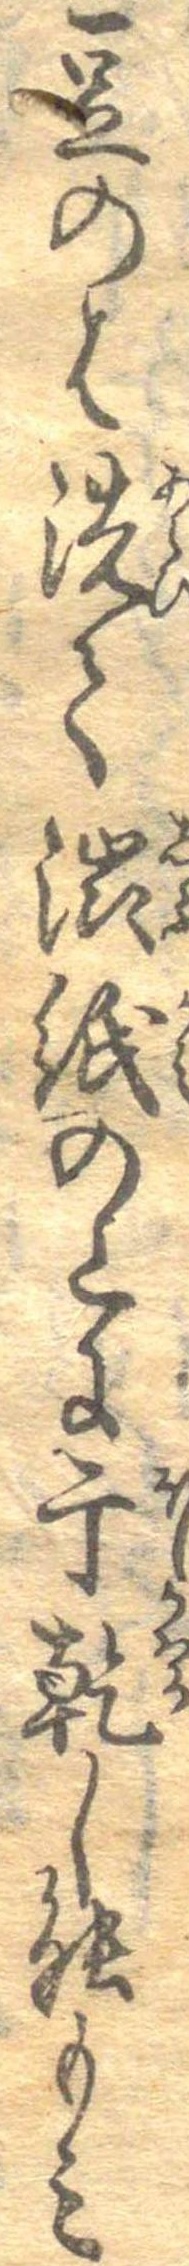
豆のは洗て渋紙の上に干乾し能もみ